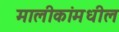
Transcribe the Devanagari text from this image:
मालीकांमधील